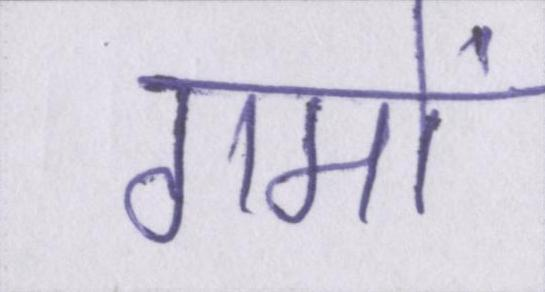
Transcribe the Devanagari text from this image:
गमों